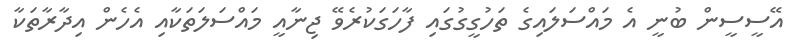
އޭސީސީން ބުނީ އެ މައްސަލައިގެ ތަހުގީގުގައި ފާހަގަކުރެވޭ ޖިނާއީ މައްސަލަތަކާއި އެހެން އިދާރާތަކާ